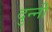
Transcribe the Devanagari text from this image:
दुन्नी